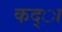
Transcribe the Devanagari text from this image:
कद्ा